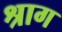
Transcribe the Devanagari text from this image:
श्राग